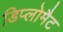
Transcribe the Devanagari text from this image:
डिप्लोमैट